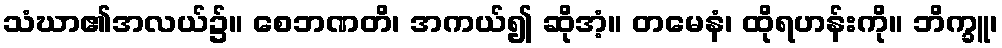
သံဃာ၏အလယ်၌။ စေဘဏတိ၊ အကယ်၍ ဆိုအံ့။ တမေနံ၊ ထိုရဟန်းကို။ ဘိက္ခူ၊